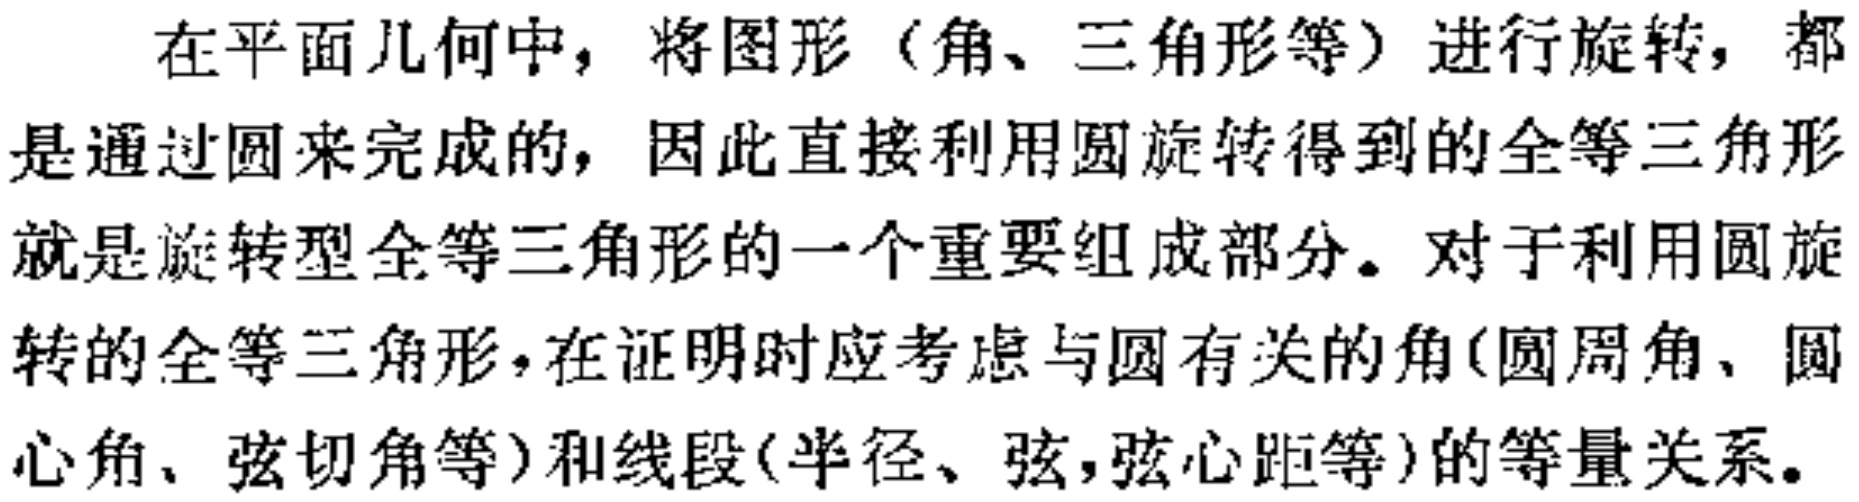
在平面几何中，将图形（角、三角形等）进行旋转，都是通过圆来完成的，因此直接利用圆旋转得到的全等三角形就是旋转型全等三角形的一个重要组成部分。对于利用圆旋转的全等三角形，在证明时应考虑与圆有关的角(圆周角、圆心角、弦切角等)和线段(半径、弦,弦心距等)的等量关系。